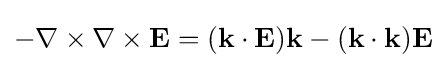
-\nabla \times \nabla \times \mathbf {E} =(\mathbf {k} \cdot \mathbf {E} )\mathbf {k} -(\mathbf {k} \cdot \mathbf {k} )\mathbf {E}